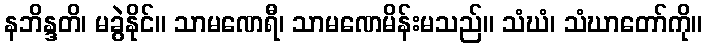
နဘိန္ဒတိ၊ မခွဲနိုင်။ သာမဏေရီ၊ သာမဏေမိန်းမသည်။ သံဃံ၊ သံဃာတော်ကို။